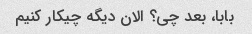
بابا، بعد چی؟ الان دیگه چیکار کنیم